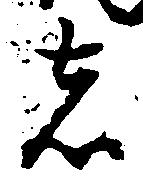
者